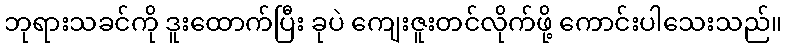
ဘုရားသခင်ကို ဒူးထောက်ပြီး ခုပဲ ကျေးဇူးတင်လိုက်ဖို့ ကောင်းပါသေးသည်။